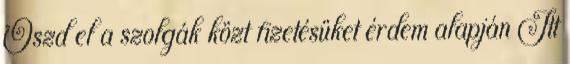
Oszd el a szolgák közt fizetésüket érdem alapján Itt